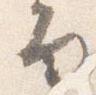
面